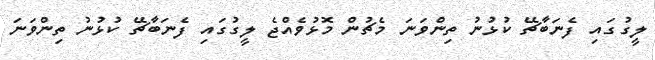
ލީގުގައި ފެނަބާޗޭ ކުޅުނު ތިންވަނަ މެޗުން މޮޅުވެއްޖެ ލީގުގައި ފެނަބާޗޭ ކުޅުނު ތިންވަނަ